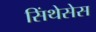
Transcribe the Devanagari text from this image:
सिंथेसेस